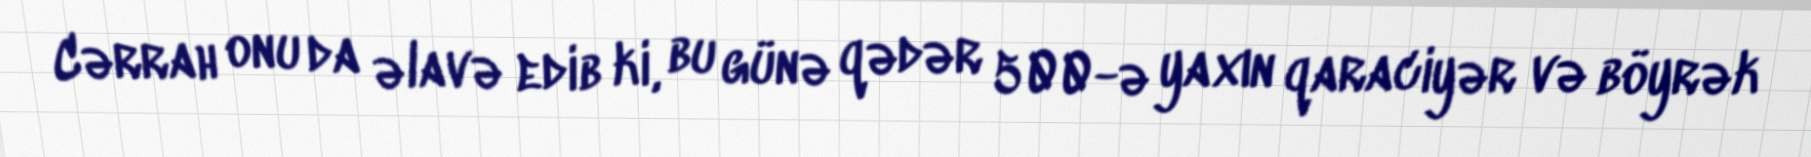
Cərrah onu da əlavə edib ki, bu günə qədər 500-ə yaxın qaraciyər və böyrək